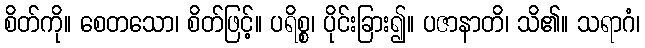
စိတ်ကို။ စေတသော၊ စိတ်ဖြင့်။ ပရိစ္စ၊ ပိုင်းခြား၍။ ပဇာနာတိ၊ သိ၏။ သရာဂံ၊